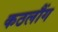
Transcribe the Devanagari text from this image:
कठलौंग